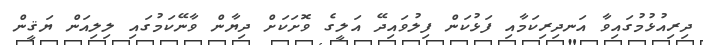
ދިރިއުޅުމުގައިވާ އަނދިރިކަމާއި ފަޅުކަން ފިލުވައިދޭ އަލީގެ ވޮށަކަށް ދިޔާން ވާނޭކަމުގައި ލިލިއަން ޔަޤީން